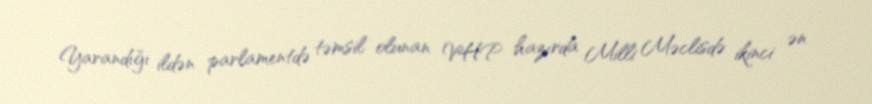
Yarandığı ildən parlamentdə təmsil olunan VHP hazırda Milli Məclisdə ikinci ən